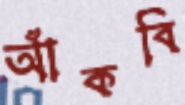
আঁকবি